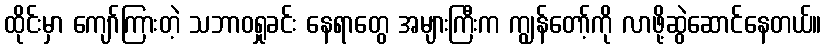
ထိုင်းမှာ ကျော်ကြားတဲ့ သဘာဝရှုခင်း နေရာတွေ အများကြီးက ကျွန်တော့်ကို လာဖို့ဆွဲဆောင်နေတယ်။